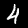
Digit: 4